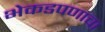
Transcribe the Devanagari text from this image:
भेकडपणाचा